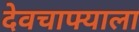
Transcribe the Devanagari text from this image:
देवचाफ्याला